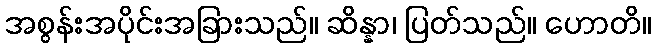
အစွန်းအပိုင်းအခြားသည်။ ဆိန္နာ၊ ပြတ်သည်။ ဟောတိ။